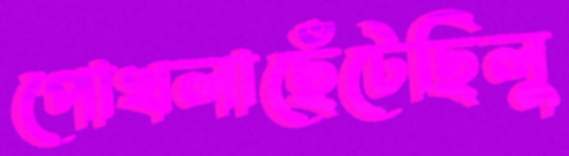
পোখলাছেঁটেছিলু